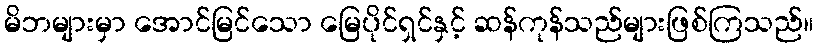
မိဘများမှာ အောင်မြင်သော မြေပိုင်ရှင်နှင့် ဆန်ကုန်သည်များဖြစ်ကြသည်။